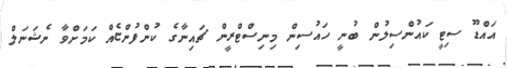
އައްޑޫ ސިޓީ ކައުންސިލުން ބުނީ ހައުސިން މިނިސްޓްރީން ޗައިނާގެ ކުންފުންޏެއް ކަމަށްވާ ނެޝަނަލް